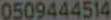
0509444514